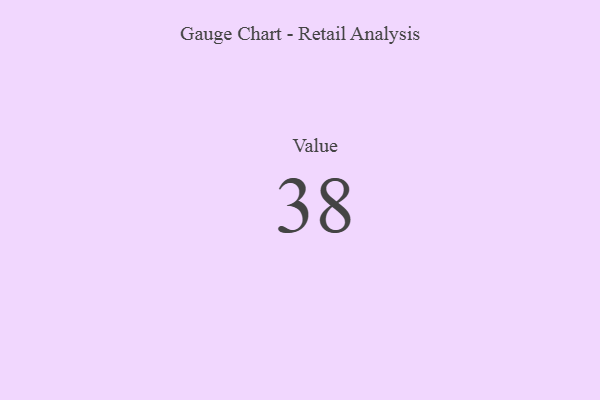
{"axis": {"x": "Metric", "y": "Value"}, "legend": [""], "data": [{"x": "Value", "y": 38, "type": ""}]}